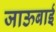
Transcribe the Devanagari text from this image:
जाऊबाई